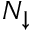
N _ { \downarrow }